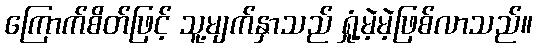
ကြောက်စိတ်ဖြင့် သူ့မျက်နှာသည် ရှုံ့မဲ့မဲ့ဖြစ်လာသည်။